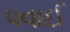
પવાઈ